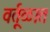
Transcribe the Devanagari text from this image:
वर्तूळात